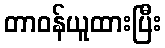
တာဝန်ယူထားပြီး